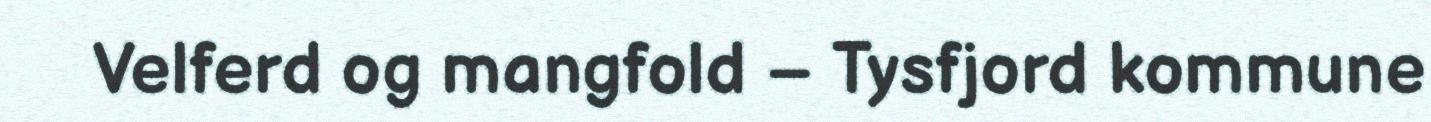
Velferd og mangfold – Tysfjord kommune